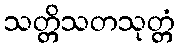
သတ္တိသတသုတ္တံ